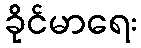
ခိုင်မာရေး